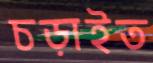
চড়াইত